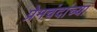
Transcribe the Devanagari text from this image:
प्रेमचंदांच्या